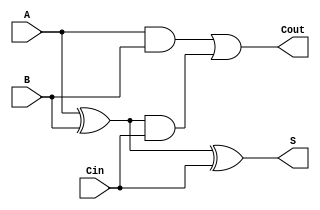
module CarryLookaheadFullAdder (
    input wire A,      // First binary input
    input wire B,      // Second binary input
    input wire Cin,    // Carry-in input
    output wire S,     // Sum output
    output wire Cout    // Carry-out output
);

    // Internal signals
    wire G;  // Generate signal
    wire P;  // Propagate signal
    wire C1; // Intermediate carry (not used in this single full adder)

    // Generate and Propagate logic
    assign G = A & B;        // Generate: G = A * B
    assign P = A ^ B;        // Propagate: P = A  B

    // Carry-out logic
    assign Cout = G | (P & Cin); // Cout = G + (P * Cin)

    // Sum logic
    assign S = P ^ Cin;       // S = P  Cin

endmodule